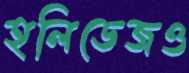
হলিডেজও